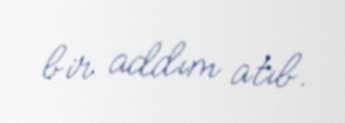
bir addım atıb.